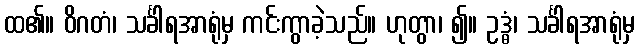
ထ၏။ ဝိဂတံ၊ သင်္ခါရအာရုံမှ ကင်းကွာခဲ့သည်။ ဟုတွာ၊ ၍။ ဥဒ္ဓံ၊ သင်္ခါရအာရုံမှ